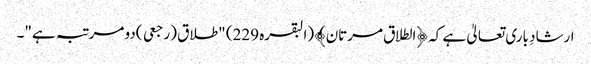
ارشادِ باری تعالیٰ ہے کہ ﴿الطلاق مرتان﴾(البقرہ 229) "طلاق (رجعی )دو مرتبہ ہے"۔